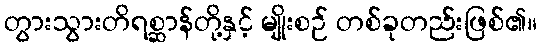
တွားသွားတိရစ္ဆာန်တို့နှင့် မျိုးစဉ် တစ်ခုတည်းဖြစ်၏။